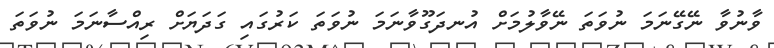
ވާނުވާ ނޭގޭނަމަ ނުވަތަ ނޭވާލުމަށް އުނދަގޫވާނަމަ ނުވަތަ ކަރުގައި ގަދަޔަށް ރިއްސާނަމަ ނުވަތަ